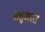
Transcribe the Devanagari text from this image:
सत्तुभस्त